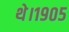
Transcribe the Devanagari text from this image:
थे।१९०५